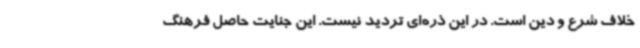
خلاف شرع و دین است. در این ذره‌ای تردید نیست. این جنایت حاصل فرهنگ